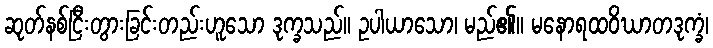
ဆုတ်နစ်ငြီးတွားခြင်းတည်းဟူသော ဒုက္ခသည်။ ဥပါယာသော၊ မည်၏။ မနောရထဝိဃာတဒုက္ခံ၊